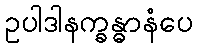
ဥပါဒါနက္ခန္ဓာနံပေ